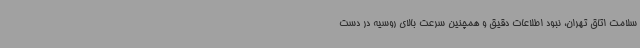
سلامت اتاق تهران، نبود اطلاعات دقیق و همچنین سرعت بالای روسیه در دست